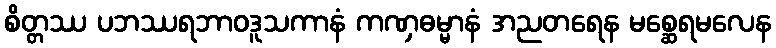
စိတ္တဿ ပဘဿရဘာဝဒူသကာနံ ကဏှဓမ္မာနံ အညတရေန မစ္ဆေရမလေန